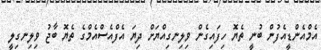
އެމްއެންޑީއެފުން ބުނީ ތެޔޮ ހިފައިގެން ވިލިނގިއްޔަށް ދިޔަ އެފްއެސްއެމްގެ ތެޔޮ ބާޖު ވިލިނގިލީ